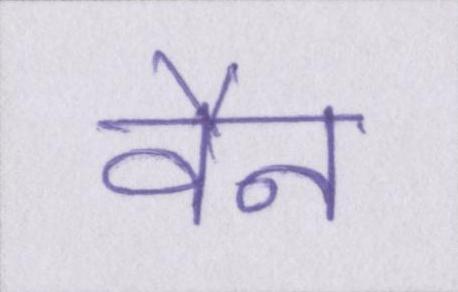
वैन